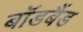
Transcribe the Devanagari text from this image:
बॉडबैंड